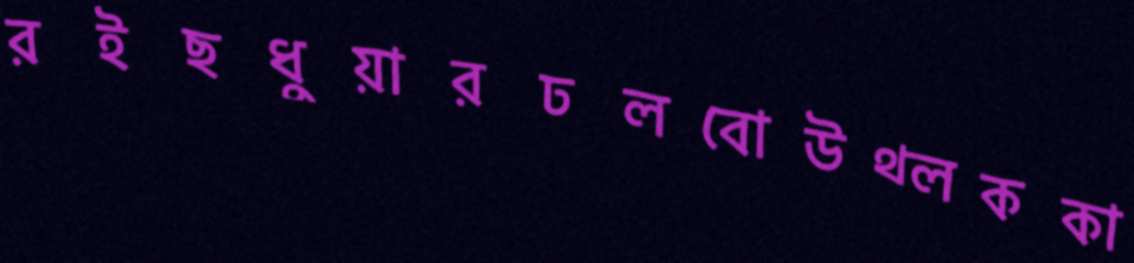
রইছধুয়ারঢলবোউথ্‌লককা